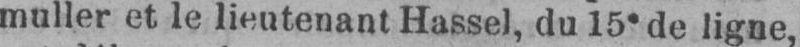
muller et le lieutenant Hassel, du 15e de ligne,